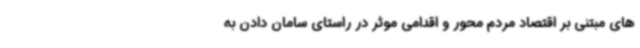
های مبتنی بر اقتصاد مردم محور و اقدامی موثر در راستای سامان دادن به